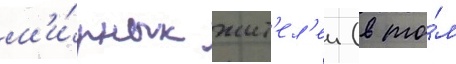
м'и́рных жит'ел'еи (в то́м